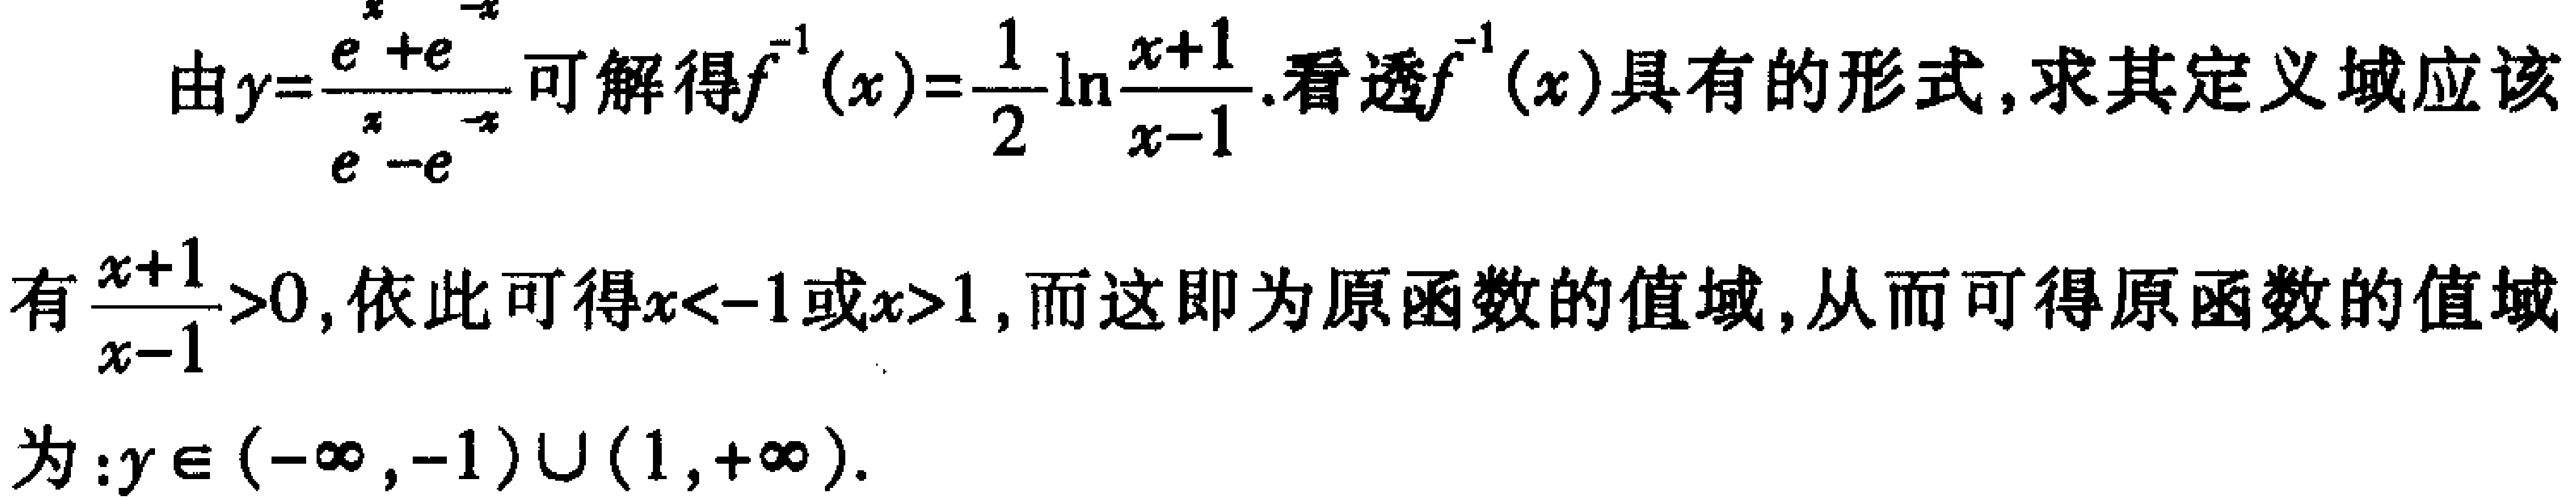
由\(y = \frac{e^{x}+e^{-x}}{e^{x}-e^{-x}}\)可解得\(f^{-1}(x)=\frac{1}{2}\ln\frac{x + 1}{x - 1}\). 看透\(f^{-1}(x)\)具有的形式, 求其定义域应该
有\(\frac{x + 1}{x - 1}>0\), 依此可得\(x < - 1\)或\(x>1\), 而这即为原函数的值域, 从而可得原函数的值域
为:\(y\in(-\infty,-1)\cup(1,+\infty)\).